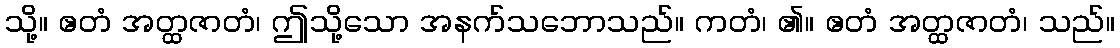
သို့။ ဧတံ အတ္ထဇာတံ၊ ဤသို့သော အနက်သဘောသည်။ ကတံ၊ ၏။ ဧတံ အတ္ထဇာတံ၊ သည်။